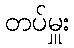
တပ်မှူး